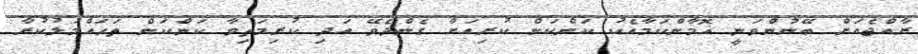
ރާއްޖެއަށް ބޭނުންވަނީ އޮމާންކަމާއެކު ކަންކަން ކުރިއަށް ގެންދެވޭ އަދި ކުރިމަތިވާ ކަންކަން ތަހައްމަލުކުރާ